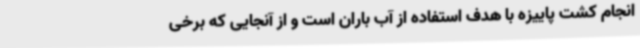
انجام کشت پاییزه با هدف استفاده از آب باران است و از آنجایی که برخی